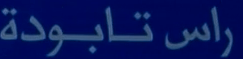
راس-تابودة